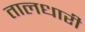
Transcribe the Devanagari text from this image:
तालधारी